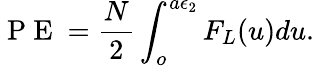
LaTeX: \mathrm{~P~E~}=\frac{N}{2}\int_{o}^{a\epsilon_{2}}F_{L}(u)du.